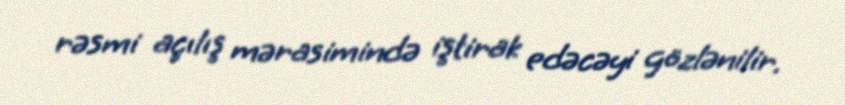
rəsmi açılış mərasimində iştirak edəcəyi gözlənilir.